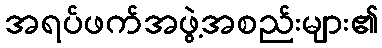
အရပ်ဖက်အဖွဲ့အစည်းများ၏